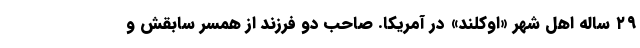
۲۹ ساله اهل شهر «اوکلند» در آمریکا. صاحب دو فرزند از همسر سابقش و